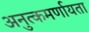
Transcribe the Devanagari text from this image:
अनुत्कमर्णायता